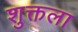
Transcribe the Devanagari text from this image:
शुक्तला